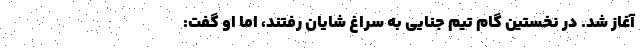
آغاز شد. در نخستین گام تیم جنایی به سراغ شایان رفتند، اما او گفت: